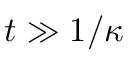
t \gg 1 / \kappa